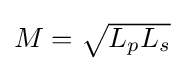
{\textstyle M={\sqrt {L_{p}L_{s}}}}